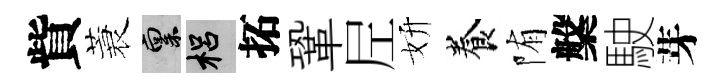
貲蓑禀梠拓鞏𡰱妍養陏槃駛芽